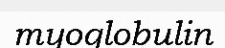
myoglobulin